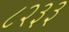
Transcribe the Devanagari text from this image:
८२३३